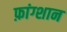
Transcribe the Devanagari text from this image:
फ़ांग्शान